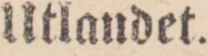
Utlandet.